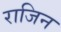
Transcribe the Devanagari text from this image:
राजिन